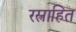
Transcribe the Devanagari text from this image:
रस्त्राहित